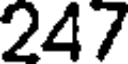
247